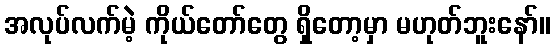
အလုပ်လက်မဲ့ ကိုယ်တော်တွေ ရှိတော့မှာ မဟုတ်ဘူးနော်။